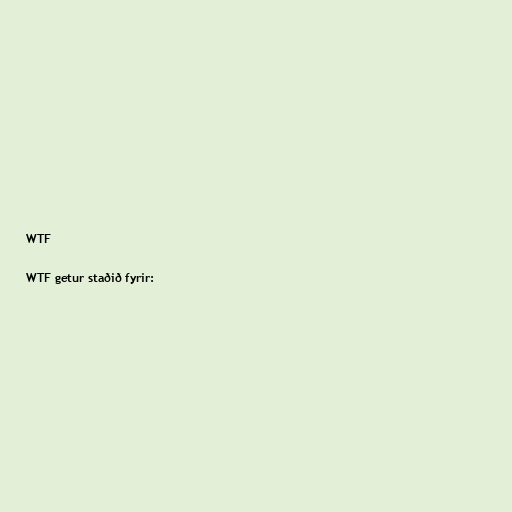
WTF

WTF getur staðið fyrir: